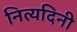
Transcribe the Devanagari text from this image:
नित्यदिनी